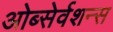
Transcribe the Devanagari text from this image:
ओब्सेर्वशन्स